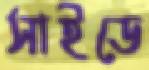
সাইডে